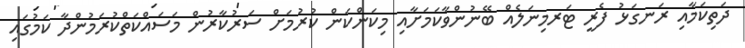
ދަތިކަމާއި ރަނގަޅު ފެރީ ޓަރމިނަލެއް ބޭނުންވާކަމަށާއި މިކަންކަން ކުރުމަށް ސަރުކާރުން މަސައްކަތްކުރަމުންދާ ކަމުގައި